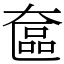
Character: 奩